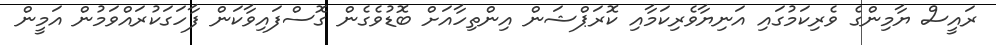
ރައީސް ޔާމިންގެ ވެރިކަމުގައި އަނިޔާވެރިކަމާއި ކޮރަޕްޝަން އިންތިހާއަށް ބޮޑުވެގެން ގޮސްފައިވާކަން ފާހަގަކުރައްވަމުން އަމީން